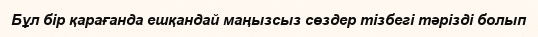
Бұл бір қарағанда ешқандай маңызсыз сөздер тізбегі тәрізді болып